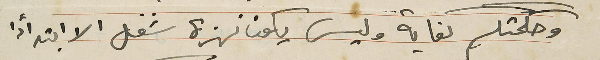
وحكمتكم كفاية وليس يكون نهزة شغل الا ابتدأ من